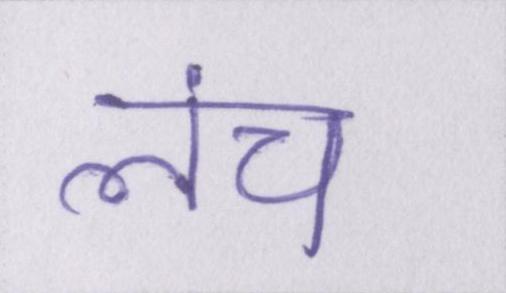
लंच